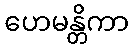
ဟေမန္တိကာ